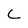
Character: C